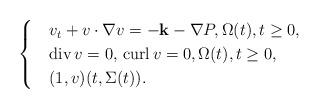
LaTeX: \begin{align*}\begin{cases}& v_t+v\cdot \nabla v=-\textbf{k}-\nabla P, \Omega(t), t\ge 0,\\& \operatorname{div} v=0, \,\operatorname{curl} v=0, \Omega(t), t\ge 0,\\& (1,v) (t,\Sigma(t)).\end{cases}\end{align*}